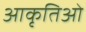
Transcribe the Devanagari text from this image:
आकृतिओं